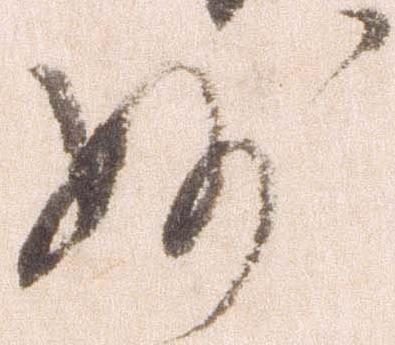
妙